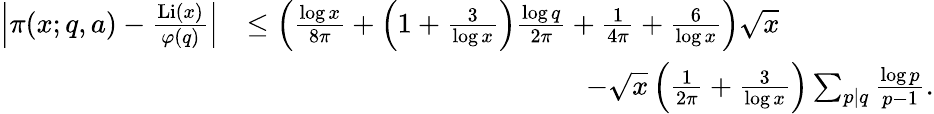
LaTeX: \begin{array}{rl}{\left|\pi(x;q,a)-\frac{\operatorname{Li}(x)}{\varphi(q)}\right|}&{\leq\left(\frac{\log{x}}{8\pi}+\left(1+\frac{3}{\log{x}}\right)\frac{\log{q}}{2\pi}+\frac{1}{4\pi}+\frac{6}{\log{x}}\right)\sqrt{x}}\\ &{\qquad\qquad\qquad\qquad\qquad\qquad-\sqrt{x}\left(\frac{1}{2\pi}+\frac{3}{\log{x}}\right)\sum_{p|q}\frac{\log{p}}{p-1}.}\end{array}